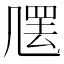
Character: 𠙣